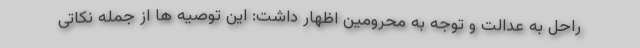
راحل به عدالت و توجه به محرومین اظهار داشت: این توصیه ها از جمله نکاتی